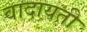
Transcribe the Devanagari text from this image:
वादायती